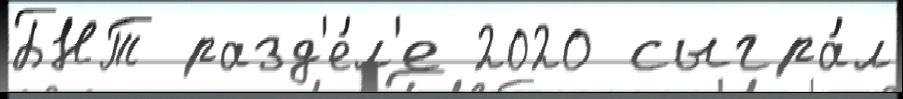
БНТ разд'е́л'е 2020 сыгра́л